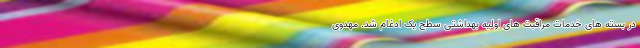
در بسته های خدمات مراقبت های اولیه بهداشتی سطح یک ادغام شد. مهدوی